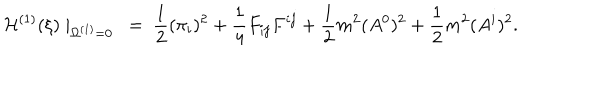
LaTeX: { \cal H } ^ { ( 1 ) } ( \xi ) \mid _ { \Omega ^ { ( 1 ) } = 0 } ~ = ~ \frac { 1 } { 2 } ( \pi _ { i } ) ^ { 2 } + \frac { 1 } { 4 } F _ { i j } F ^ { i j } + \frac { 1 } { 2 } m ^ { 2 } ( A ^ { 0 } ) ^ { 2 } + \frac { 1 } { 2 } m ^ { 2 } ( A ^ { i } ) ^ { 2 } .